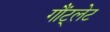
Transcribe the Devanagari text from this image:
गौंट्लेट